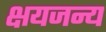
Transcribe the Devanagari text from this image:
क्षयजन्य